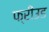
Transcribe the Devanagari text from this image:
फ्रीउड